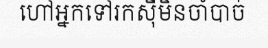
ហៅអ្នកទៅរកស៊ីមិនចាំបាច់